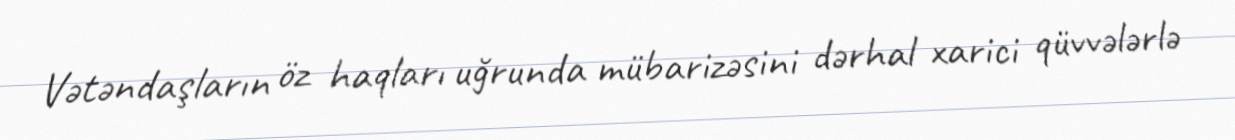
Vətəndaşların öz haqları uğrunda mübarizəsini dərhal xarici qüvvələrlə